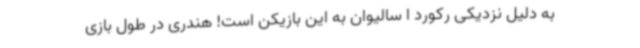
به دلیل نزدیکی رکورد ا سالیوان به این بازیکن است! هندری در طول بازی